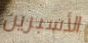
الأسبرين